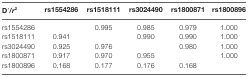
<table><thead><tr><td><b>D′/<i>r</i><sup>2</sup></b></td><td><b>rs1554286</b></td><td><b>rs1518111</b></td><td><b>rs3024490</b></td><td><b>rs1800871</b></td><td><b>rs1800896</b></td></tr></thead><tbody><tr><td>rs1554286</td><td></td><td>0.995</td><td>0.985</td><td>0.979</td><td>1.000</td></tr><tr><td>rs1518111</td><td>0.941</td><td></td><td>0.990</td><td>0.990</td><td>1.000</td></tr><tr><td>rs3024490</td><td>0.925</td><td>0.976</td><td></td><td>0.980</td><td>1.000</td></tr><tr><td>rs1800871</td><td>0.917</td><td>0.970</td><td>0.955</td><td></td><td>1.000</td></tr><tr><td>rs1800896</td><td>0.168</td><td>0.177</td><td>0.176</td><td>0.168</td><td></td></tr></tbody></table>